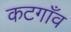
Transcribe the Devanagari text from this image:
कटगाँव